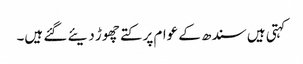
کہتی ہیں سندھ کے عوام پر کتے چھوڑ دیئے گئے ہیں۔